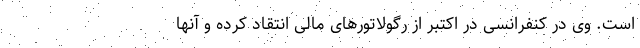
است. وی در کنفرانسی در اکتبر از رگولاتورهای مالی انتقاد کرده و آنها